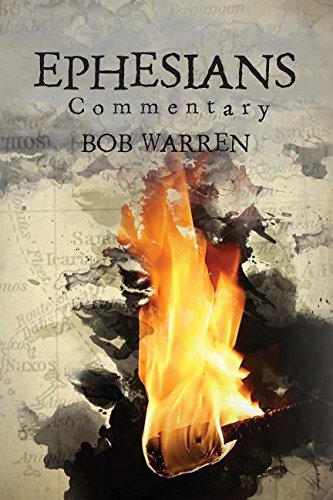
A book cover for Ephesian Commentary; Bob Warren; Christian Books & Bibles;